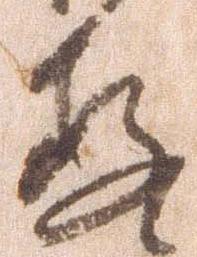
存